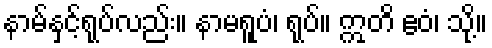
နာမ်နှင့်ရုပ်လည်း။ နာမရူပံ၊ ရုပ်။ ဣတိ ဧဝံ၊ သို့။